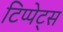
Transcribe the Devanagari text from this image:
टिप्‍पेट्स